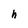
Character: h